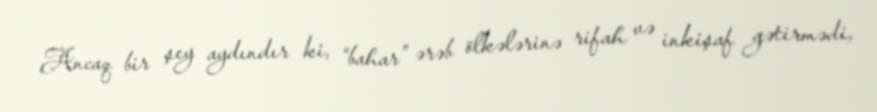
Ancaq bir şey aydındır ki, “bahar” ərəb ölkələrinə rifah və inkişaf gətirmədi,